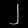
Digit: ၂